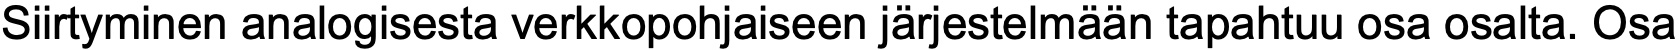
Siirtyminen analogisesta verkkopohjaiseen järjestelmään tapahtuu osa osalta. Osa